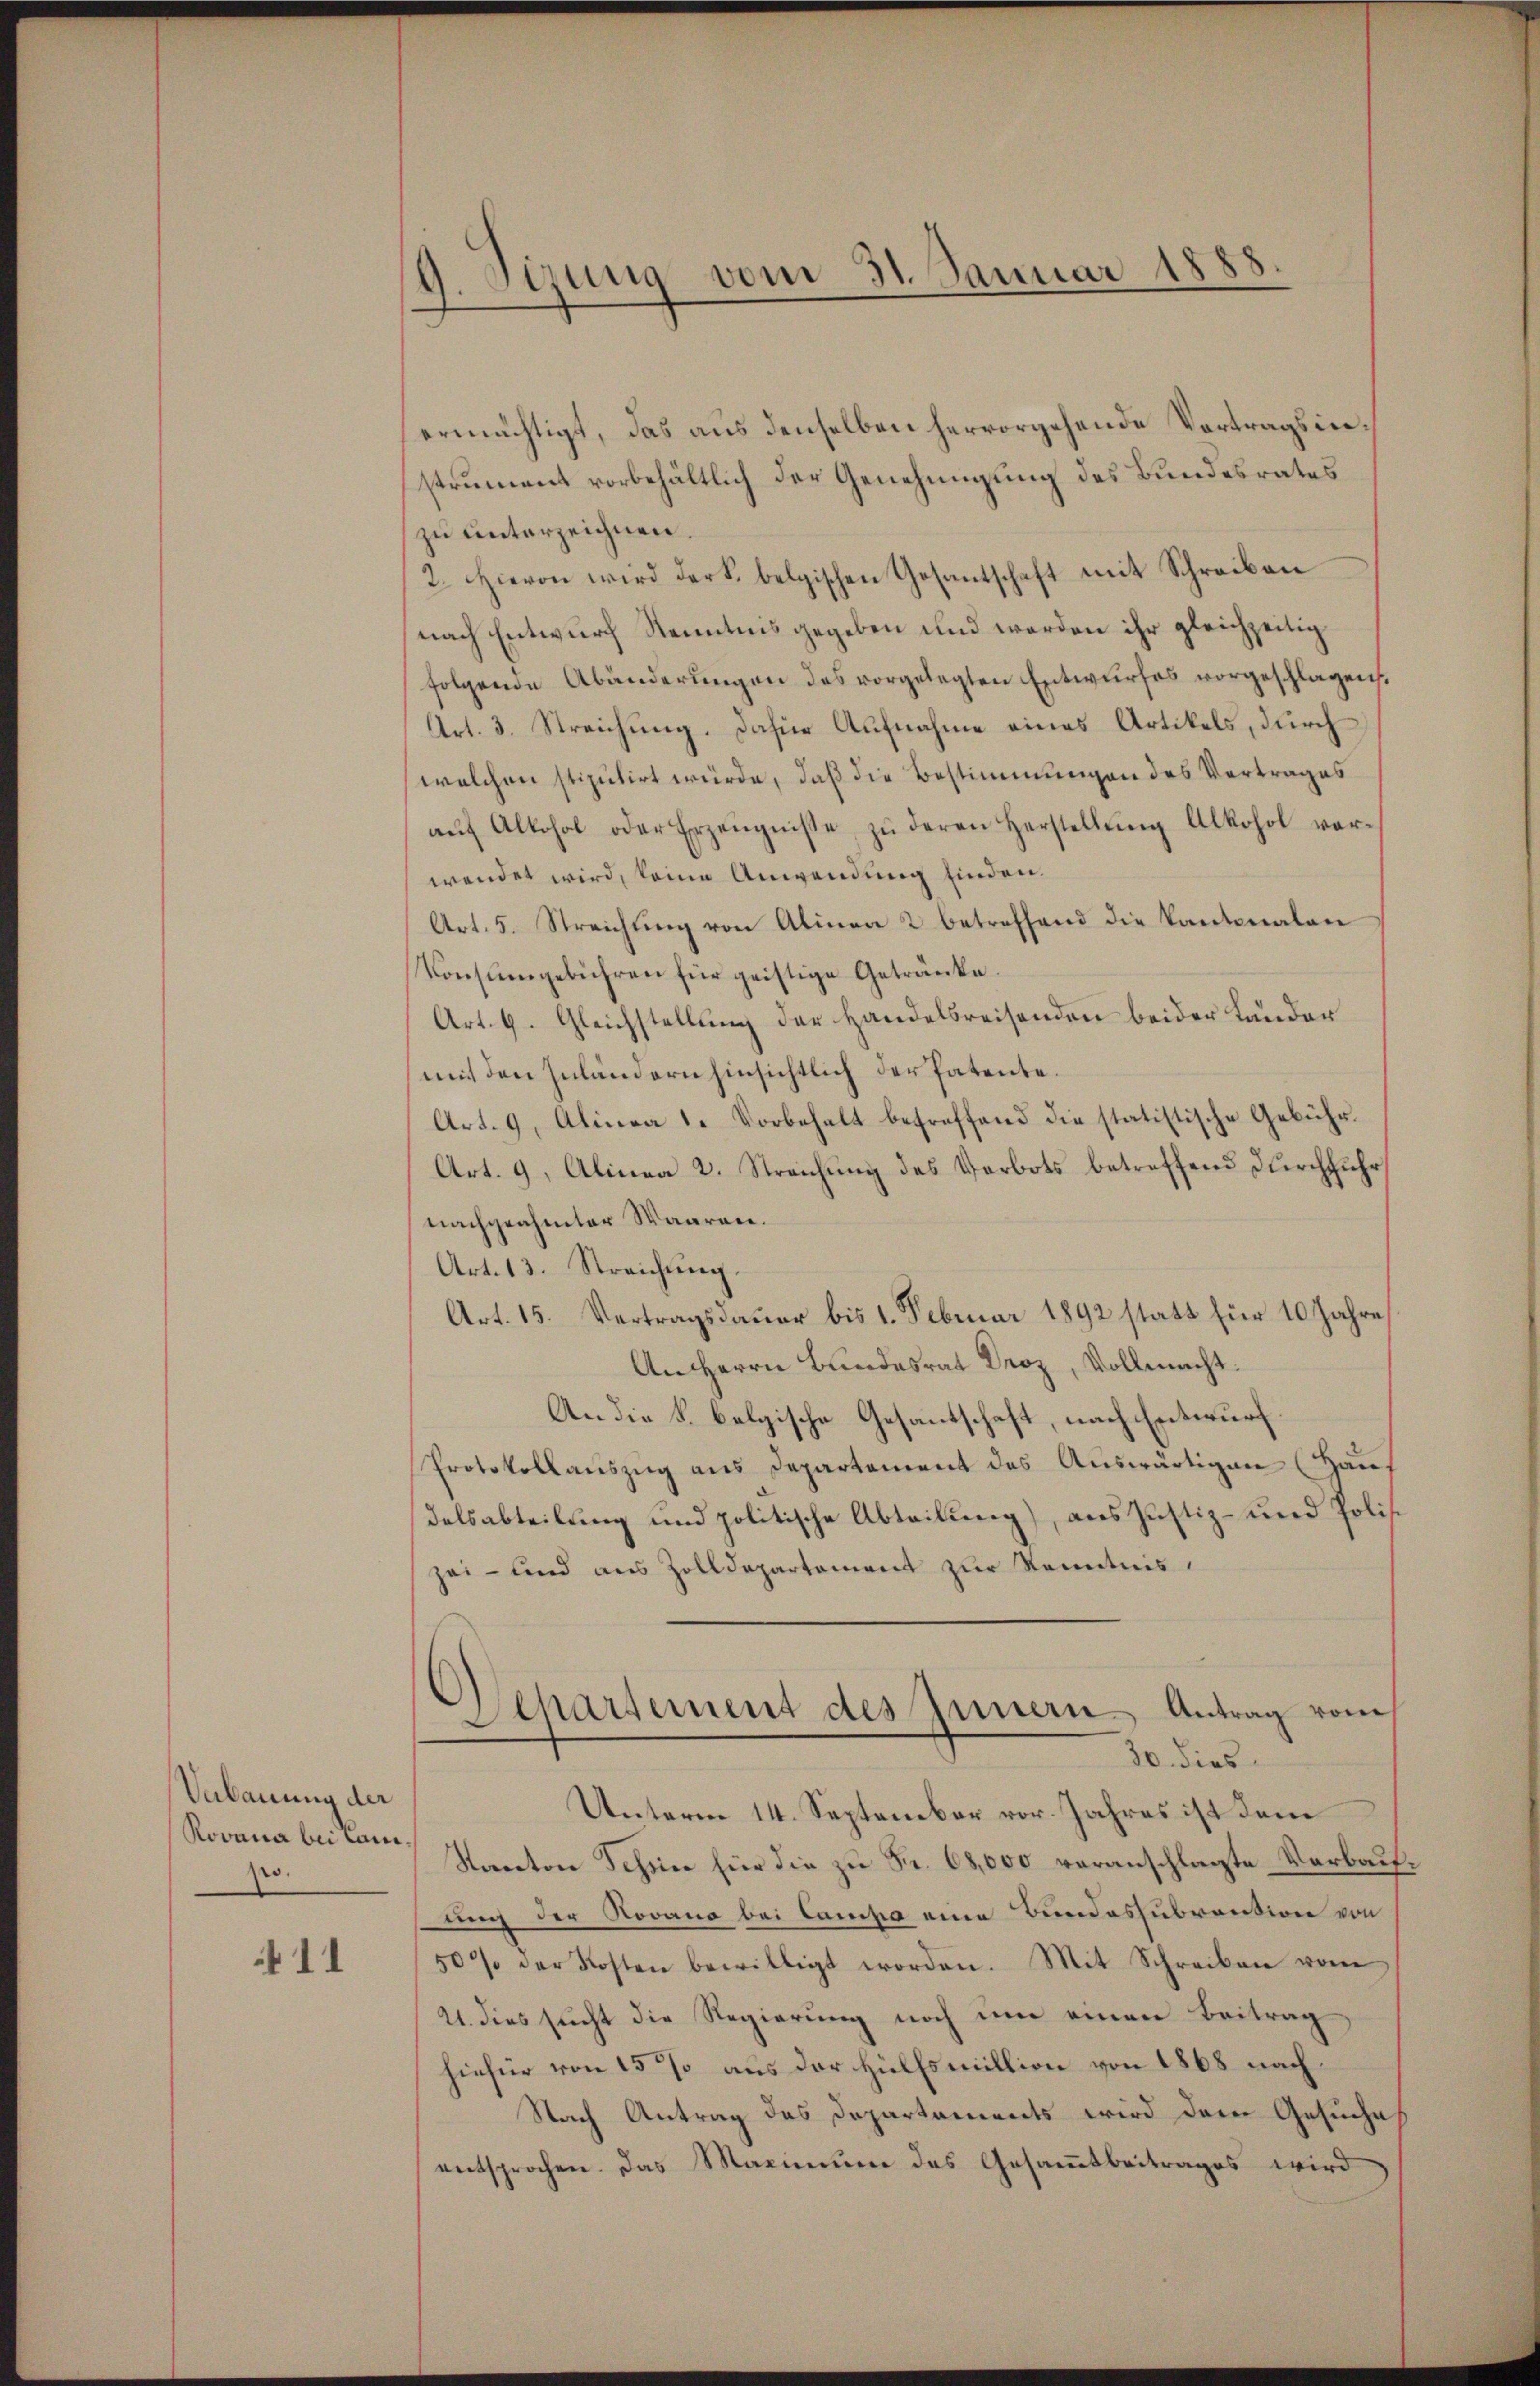
Verbauung der
Rovana bei Land
pro.

411

9. Sizung vom 31. Januar 1888.

ermächtigt, das aus denselben hervorgehende Vortragsinstrument vorbehältlich der Genehmigung des Bundesrates
zu unterzeichnen.
2. Hievon wird der belgischen Gesantschaft mit Schreiben
nach Entwurf Kenntnis gegeben und werden ihr gleichzeitig
folgende Abänderungen des vorgelegten Entwurfes vorgeschlagen:
Art. 3. Streichung. Jahr Aufnahme eines Artikels, durch
welchen stipulirt würde, daß die Bestimmungen des Vertrages
aŭf Alkohol oder Erzeŭgnisse zŭ deren Herstellŭng Alkohol ver-
wendet wird, keine Anwendung finden.
Art. 5. Streichŭng von Alinea 2 betreffend die Kantonalen
Konsumgebühren für geistige Getränke.
Art. 6. Gleichstellung der Handelsreisenden beider Länder
mit den Zuländern hinsichtlich der Patente.
Art. 9. Alinea 1. Vorbehalt betreffend die statistische Gebühr.
Art. 9, Alinea 2. Streichung des Verbots betreffend Durchfuhr,
nachgeahmter Waaren.
Art. 13. Streichung.
Art. 15. Vertragsdauer bis 1. Februar 1892 statt für 10 Jahre
An Herrn Bundesrat Droz, Vollmacht.
An die k. belgische Gesandschaft, nach Entwurf.
Protokollauszug aus Departement des Auswärtigen (Hauf
delsabteilung und politische Abteilung), aus Justiz- und Polisizei- und aus Zolldepartement zur Kenntnis
)
Separtement des Innern Antrag vom
30. dies
Unterm 14. September vor. Jahres ist dem
Starton Tessine für die zu Fr. 68,000 veranschlagte Verbaufung der Jovano bei Campa eine Bundessubvention von
50% der Kosten bewilligt worden. Mit Schreiben vom
21. dies sucht die Regierung noch um einen Beitrag
hiefür von 15 % aus der Hülfsmillion von 1868 nach¬
Nach Antrag des Departements wird dem Gesuche
entsprochen. Das Maximum des Gesammtbeitrages wird